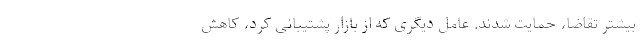
بیشتر تقاضا، حمایت شدند. عامل دیگری که از بازار پشتیبانی کرد، کاهش